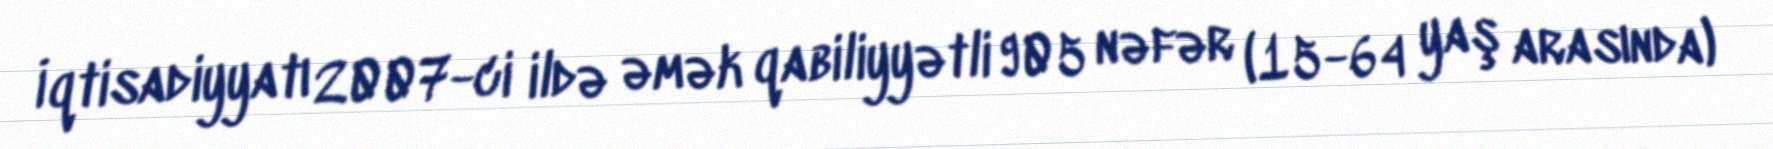
İqtisadiyyatı 2007-ci ildə əmək qabiliyyətli 905 nəfər (15-64 yaş arasında)